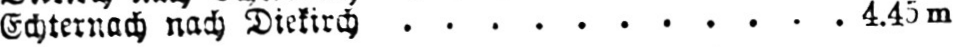
Echternach nach Diekirch ........... 4.45m